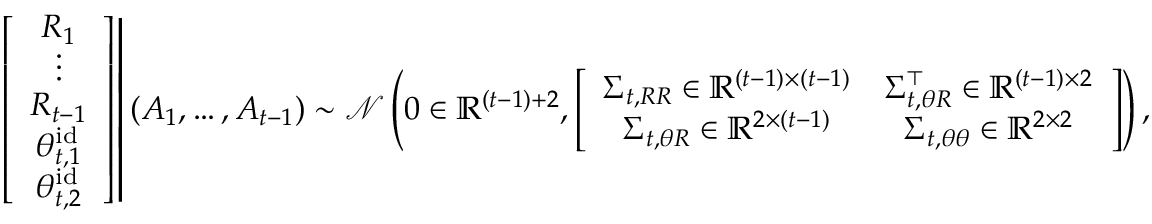
\left. \left[ \begin{array} { c } { R _ { 1 } } \\ { \vdots } \\ { R _ { t - 1 } } \\ { \theta _ { t , 1 } ^ { \mathrm { i d } } } \\ { \theta _ { t , 2 } ^ { \mathrm { i d } } } \end{array} \right] \right| ( A _ { 1 } , \ldots , A _ { t - 1 } ) \sim \mathcal { N } \left( 0 \in \mathbb { R } ^ { ( t - 1 ) + 2 } , \left[ \begin{array} { c c } { \Sigma _ { t , R R } \in \mathbb { R } ^ { ( t - 1 ) \times ( t - 1 ) } } & { \Sigma _ { t , \theta R } ^ { \top } \in \mathbb { R } ^ { ( t - 1 ) \times 2 } } \\ { \Sigma _ { t , \theta R } \in \mathbb { R } ^ { 2 \times ( t - 1 ) } } & { \Sigma _ { t , \theta \theta } \in \mathbb { R } ^ { 2 \times 2 } } \end{array} \right] \right) ,